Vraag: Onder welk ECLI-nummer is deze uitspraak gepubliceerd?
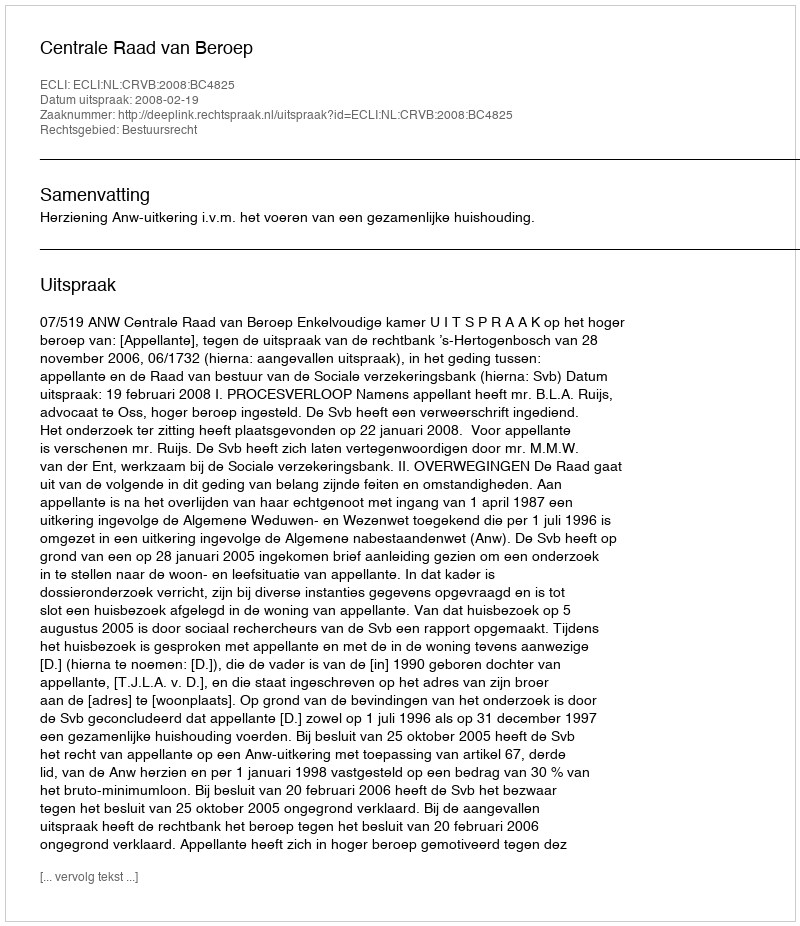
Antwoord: ECLI:NL:CRVB:2008:BC4825